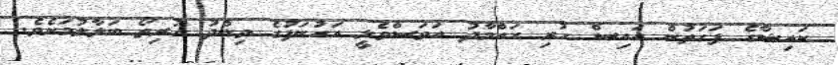
ކައިޝާގެ ފަހަތުން އައިސް ހުރި ހައްމާދު އަވަސްވެލީ އަހުނަފުގެ ވިންދު ހުރިތޯ ބަލާލުމަށެވެ.